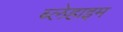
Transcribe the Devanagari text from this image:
ब्लेहाइम